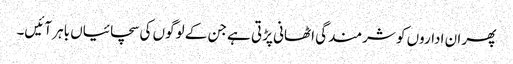
پھر ان اداروں کو شرمندگی اٹھانی پڑتی ہے جن کے لوگوں کی سچائیاں باہر آئیں۔